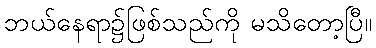
ဘယ်နေရာ၌ဖြစ်သည်ကို မသိတော့ပြီ။